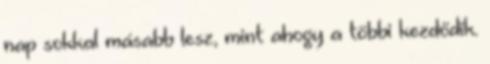
nap sokkal másabb lesz, mint ahogy a többi kezdődik.